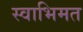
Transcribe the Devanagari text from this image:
स्वाभिमत